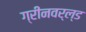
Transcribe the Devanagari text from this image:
ग्रीनवर्ल्ड